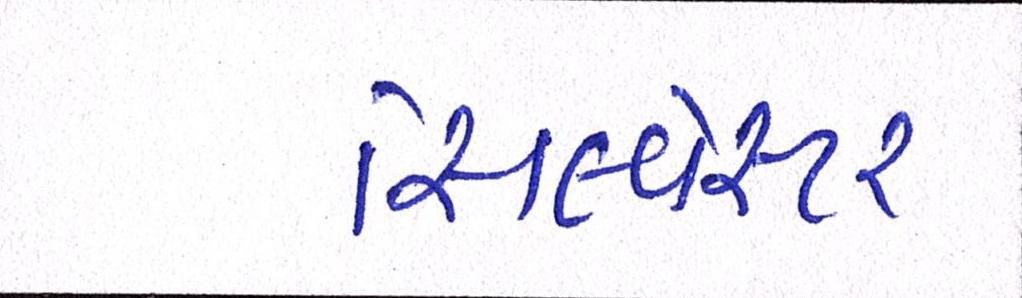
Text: સિલ્વેસ્ટર